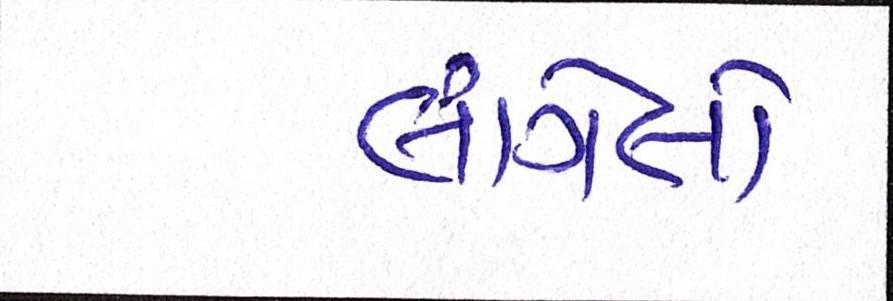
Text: લાગેલો